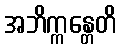
အဘိက္ကန္တေတိ